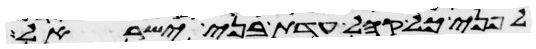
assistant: לפני כל קהל עדת בני ישראל